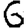
Digit: 6